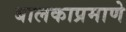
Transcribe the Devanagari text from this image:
बालकाप्रमाणे